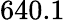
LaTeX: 640.1